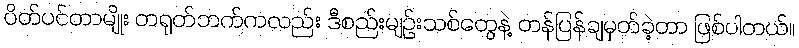
ပိတ်ပင်တာမျိုး တရုတ်ဘက်ကလည်း ဒီစည်းမျဉ်းသစ်တွေနဲ့ တန်ပြန်ချမှတ်ခဲ့တာ ဖြစ်ပါတယ်။